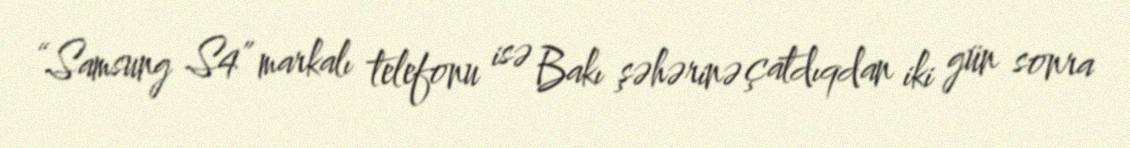
“Samsung S4” markalı telefonu isə Bakı şəhərinə çatdıqdan iki gün sonra